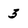
Character: 3